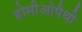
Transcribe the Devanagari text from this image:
होमीओपैथी